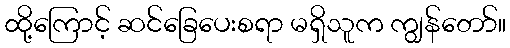
ထို့ကြောင့် ဆင်ခြေပေးစရာ မရှိသူက ကျွန်တော်။